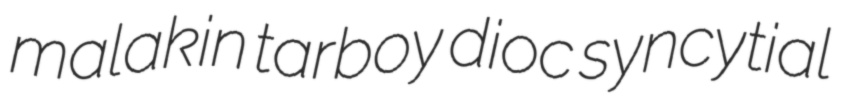
malakin tarboy dioc syncytial